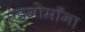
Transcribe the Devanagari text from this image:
एइगोमाँगा